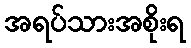
အရပ်သားအစိုးရ